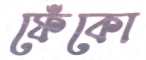
ফেঁকো